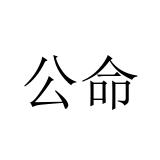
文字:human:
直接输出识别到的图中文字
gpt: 公命